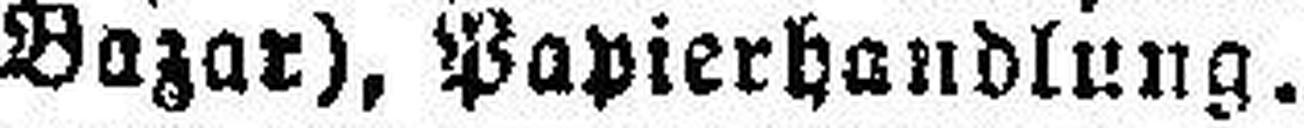
Bazar), Papierhandlung.